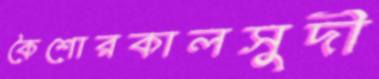
কৈশোরকালসুদী